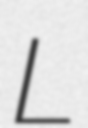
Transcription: L